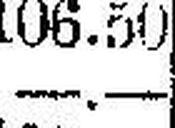
—.—